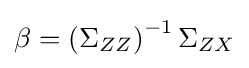
\beta =\left(\Sigma _{ZZ}\right)^{-1}\Sigma _{ZX}